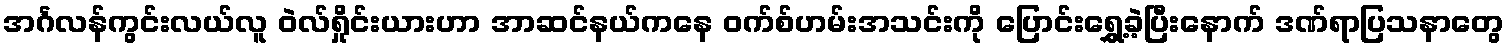
အင်္ဂလန်ကွင်းလယ်လူ ဝဲလ်ရှိုင်းယားဟာ အာဆင်နယ်ကနေ ဝက်စ်ဟမ်းအသင်းကို ပြောင်းရွှေ့ခဲ့ပြီးနောက် ဒဏ်ရာပြသနာတွေ